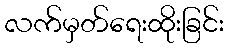
လက်မှတ်ရေးထိုးခြင်း